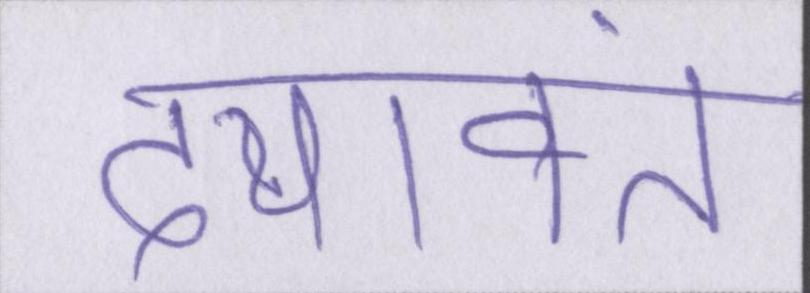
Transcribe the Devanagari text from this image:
दयावंत